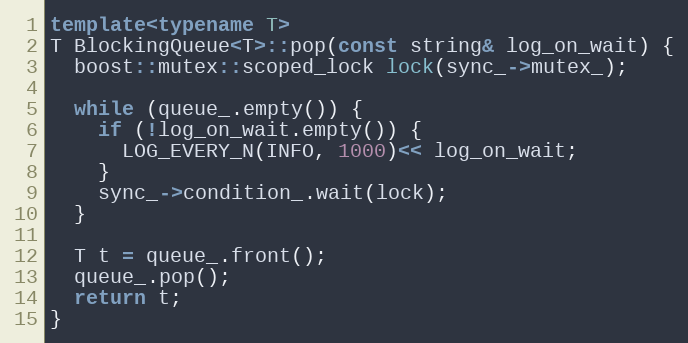
Language: C++
template<typename T>
T BlockingQueue<T>::pop(const string& log_on_wait) {
  boost::mutex::scoped_lock lock(sync_->mutex_);

  while (queue_.empty()) {
    if (!log_on_wait.empty()) {
      LOG_EVERY_N(INFO, 1000)<< log_on_wait;
    }
    sync_->condition_.wait(lock);
  }

  T t = queue_.front();
  queue_.pop();
  return t;
}